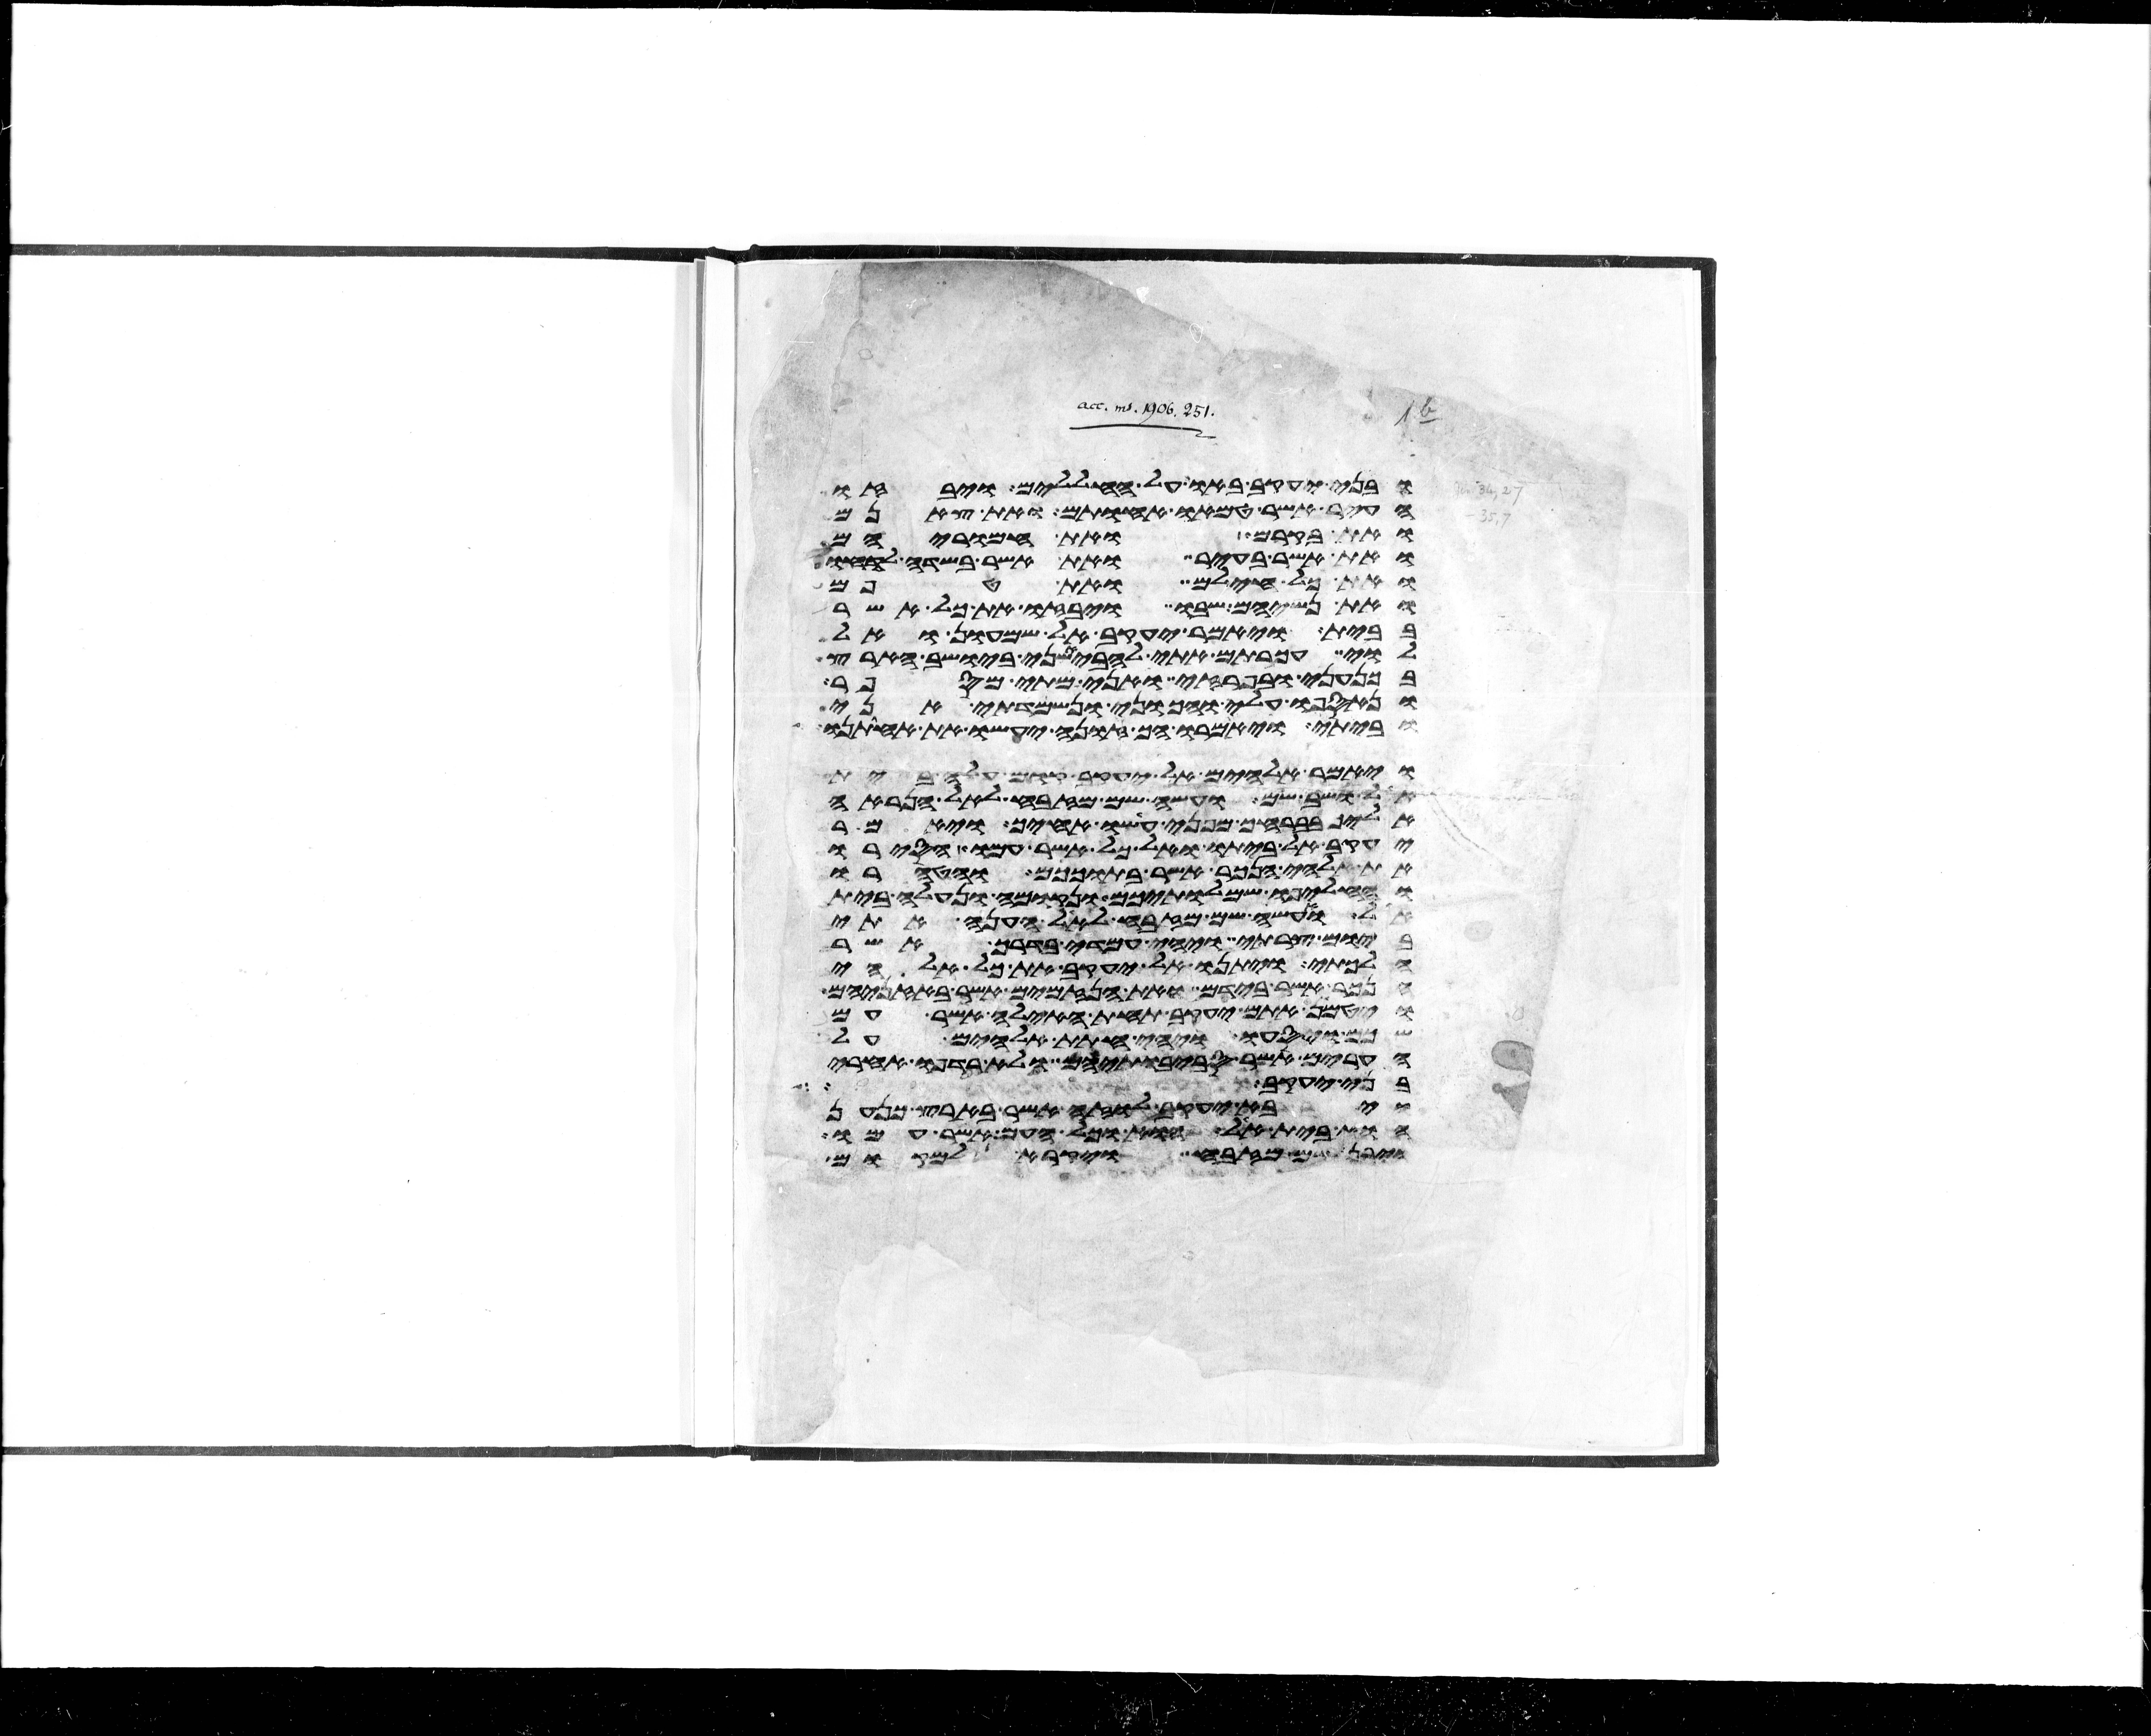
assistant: ובני יעקב באו על החללים ויבזו
העיר אשר טמאו אחותם את צאנם
ואת בקרם ואת חמריהם
ואת אשר בעיר ואת אשר בשדה לקחו
ואת כל חילם ואת טפם
ואת נשיהם שבו ויבזו את כל אשר
בבית ויאמר יעקב אל שמעון ואל
לוי עכרתם אתי להבאשני ביושב הארץ
בכנעני ובפרזי ואני מתי מספר
ונאספו עלי והכוני ונשמדתי אני
וביתי ויאמרו הך זונה יעשו את אחותנו
ויאמר אלהים אל יעקב קום עלה בית
אל ושב שם ועשה שם מזבח לאל הנראה
אליך בברחך מפני עשו אחיך ויאמר
יעקב אל ביתו ואל כל אשר עמו הסירו
את אלהי הנכר אשר בתוככם והטהרו
והחליפו שמלתיכם ונקומה ונעלה בית
אל ואעשה שם מזבח לאל הענה אתי
ביום צרתי ויהי עמדי בדרך אשר
הלכתי ויתנו אל יעקב את כל אלהי
הנכר אשר בידם ואת הנזמים אשר באזניהם
ויטמן אתם יעקב תחת האילה אשר עם
שכם ויסעו ויהי חתת אלהים על
הערים אשר סביבתיהם ולא רדפו אחרי
בני יעקב ושמעו אל ישראל
ויבא יעקב לוזה אשר בארץ כנען
הוא בית אל הוא וכל העם אשר עמו
ויבן שם מזבח ויקרא למקום